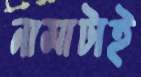
নামাটাই